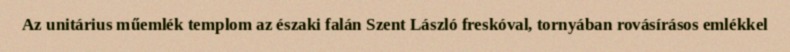
Az unitárius műemlék templom az északi falán Szent László freskóval, tornyában rovásírásos emlékkel